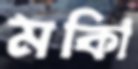
মকিা